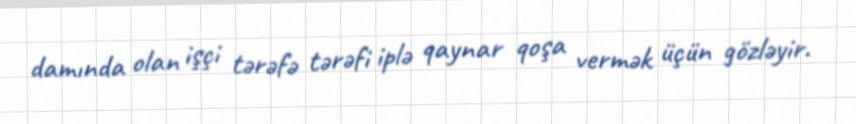
damında olan işçi tərəfə tərəfi iplə qaynar qoşa vermək üçün gözləyir.